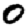
Digit: 0